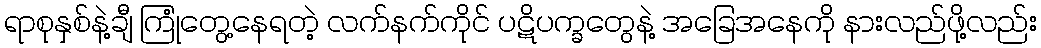
ရာစုနှစ်နဲ့ချီ ကြုံတွေ့နေရတဲ့ လက်နက်ကိုင် ပဋိပက္ခတွေနဲ့ အခြေအနေကို နားလည်ဖို့လည်း